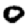
Digit: 0